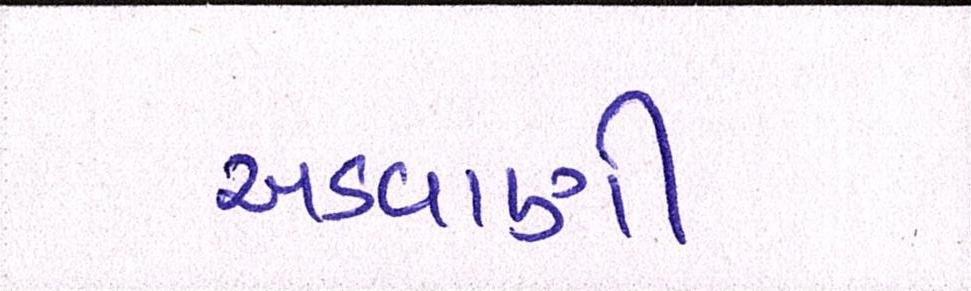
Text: અડવાણી